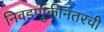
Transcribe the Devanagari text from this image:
निवडणुकीनंतरची